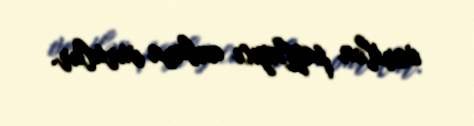
verilən paylayıcı anbara vurulur.